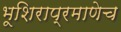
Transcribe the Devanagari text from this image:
भूशिराप्रमाणेच